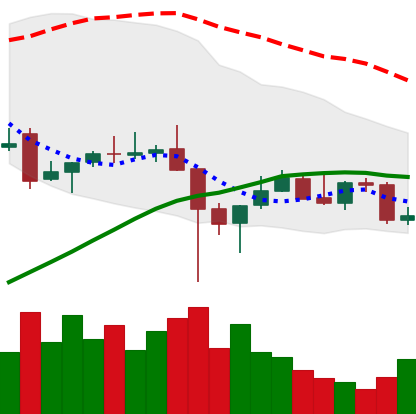
Ticker: TRX-USD
Chart end date: 2021-12-14
Forward return: -7.084%
Label: down_7plus